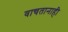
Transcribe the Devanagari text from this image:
वाचतानाही